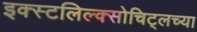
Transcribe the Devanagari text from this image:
इक्स्टलिल्क्सोचिट्लच्या